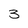
Character: 3